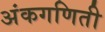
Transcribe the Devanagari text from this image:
अंकगणिती